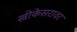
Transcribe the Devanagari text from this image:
स्त्रीकेसरावर